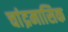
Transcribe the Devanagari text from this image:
चांद्रमासिक